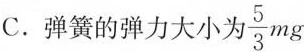
C.弹簧的弹力大小为 \frac{5}{3}mg